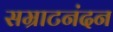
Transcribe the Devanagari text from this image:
सम्राटनंदन